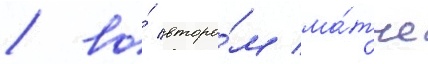
/ во́ второ́м ма́тче